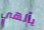
يألهي